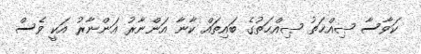
ކަވާސާ ޞިއްޙަތު ޞިއްޙަތުގެ ބައިތައް ކާނާ އަންނާރު އަންނާރު އަކީ ވެސް